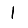
Digit: 1